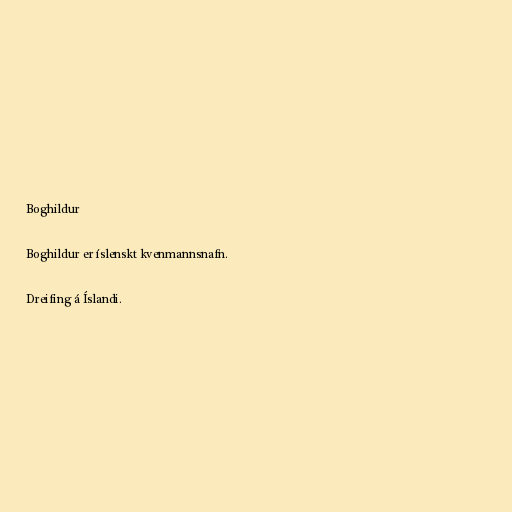
Boghildur

Boghildur er íslenskt kvenmannsnafn.

Dreifing á Íslandi.